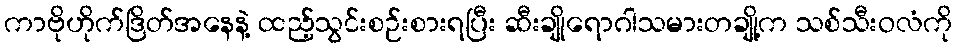
ကာဗိုဟိုက်ဒြိတ်အနေနဲ့ ထည့်သွင်းစဉ်းစားရပြီး ဆီးချိုရောဂါသမားတချို့က သစ်သီးဝလံကို